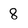
Character: 8